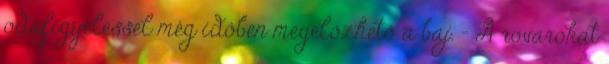
odafigyeléssel még időben megelőzhető a baj. – A rovarokat